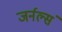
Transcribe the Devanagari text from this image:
जर्नल्सं